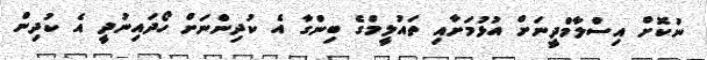
ނުކޮށް އިސްލާމްދީނަށް އުޅުމަށާއި ތައުލީމްގެ ބިންގާ އެ ކުދިންނަށް ހޯދައިނުދީ އެ ކުދިން